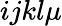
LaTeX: ijkl\mu